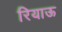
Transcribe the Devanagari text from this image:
रियाऊ